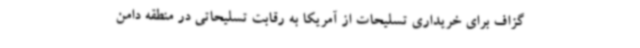
گزاف برای خریداری تسلیحات از آمریکا به رقابت تسلیحاتی در منطقه دامن